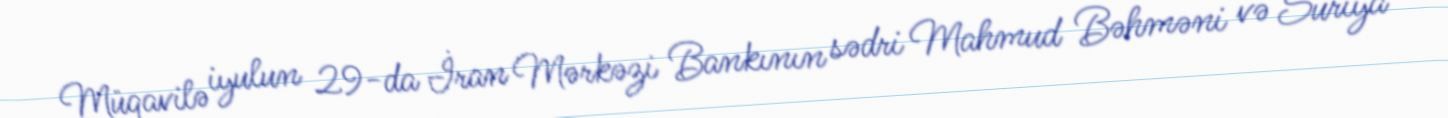
Müqavilə iyulun 29-da İran Mərkəzi Bankının sədri Mahmud Bəhməni və Suriya